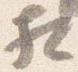
相